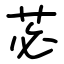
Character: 苾